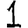
Digit: 1